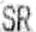
SR